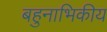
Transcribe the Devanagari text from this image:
बहुनाभिकीय